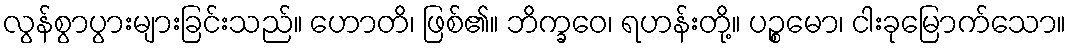
လွန်စွာပွားများခြင်းသည်။ ဟောတိ၊ ဖြစ်၏။ ဘိက္ခဝေ၊ ရဟန်းတို့။ ပဉ္စမော၊ ငါးခုမြောက်သော။